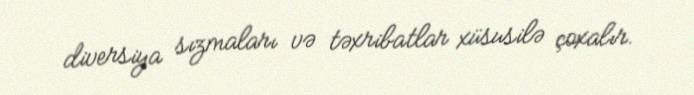
diversiya sızmaları və təxribatlar xüsusilə çoxalır.